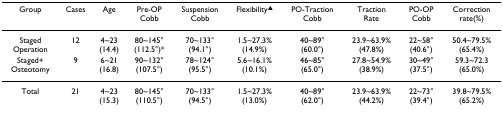
| Group | Cases | Age | Pre-OPCobb | SuspensionCobb | Flexibility▲ | PO-TractionCobb | TractionRate | PO-OPCobb | Correction rate(%) |
 | --- | --- | --- | --- | --- | --- | --- | --- | --- | --- |
 | StagedOperation | 12 | 4~23(14.4) | 80~145°(112.5°)* | 70~133°(94.1°) | 1.5~27.3%(14.9%) | 40~89°(60.0°) | 23.9~63.9%(47.8%) | 22~58°(40.6°) | 50.4~79.5%(65.4%) |
 | Staged+Osteotomy | 9 | 6~21 (16.8) | 90~132°(107.5°) | 78~124°(95.5°) | 5.6~16.1%(10.1%) | 46~85°(65.0°) | 27.8~54.9%(38.9%) | 30~49°(37.5°) | 59.3~72.3(65.0%) |
 | Total | 21 | 4~23 (15.3) | 80~145°(110.5°) | 70~133° (94.5°) | 1.5~27.3%(13.0%) | 40~89° (62.0°) | 23.9~63.9%(44.2%) | 22~73° (39.4°) | 39.8~79.5%(65.2%) |